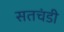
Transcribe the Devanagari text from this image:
सतचंडी